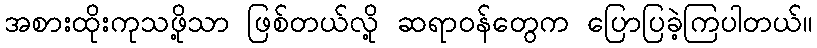
အစားထိုးကုသဖို့သာ ဖြစ်တယ်လို့ ဆရာဝန်တွေက ပြောပြခဲ့ကြပါတယ်။